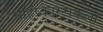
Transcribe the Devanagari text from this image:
बहिष्कारटाकला